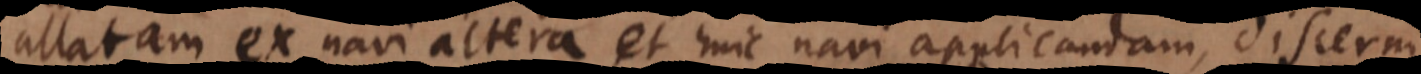
[allatae] ex navi altera, et huic navi [applicandae], discerni